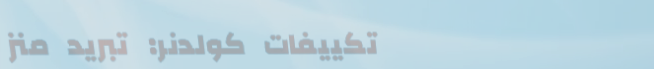
تكييفات كولدنر: تبريد منز